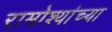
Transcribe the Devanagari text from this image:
रामोश्यांच्या